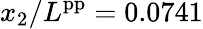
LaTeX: x_{2}/L^{\mathrm{pp}}=0.0741